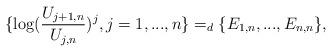
LaTeX: \begin{align*}\{\log (\frac{U_{j+1,n}}{U_{j,n}})^{j},j=1,...,n\}=_{d}\{E_{1,n},...,E_{n,n}\}, \end{align*}